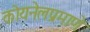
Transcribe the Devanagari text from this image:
कोयनेलप्रमाणे